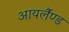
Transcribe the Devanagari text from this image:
आयर्लैण्ड